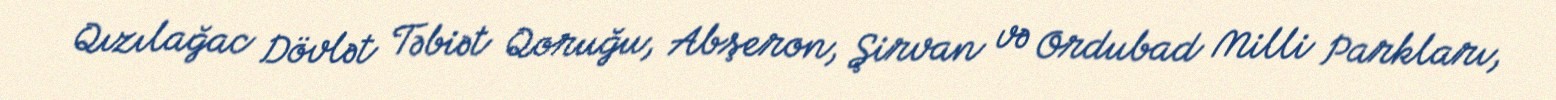
Qızılağac Dövlət Təbiət Qoruğu, Abşeron, Şirvan və Ordubad Milli Parkları,